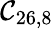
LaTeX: \mathcal{C}_{26,8}